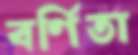
বর্ণিতা